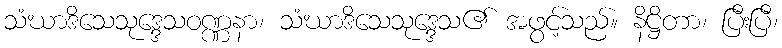
သံဃာဒိသေသုဒ္ဒေသဝဏ္ဏနာ၊ သံဃာဒိသေသုဒ္ဒေသ၏ အဖွင့်သည်။ နိဋ္ဌိတာ၊ ပြီးပြီ၊